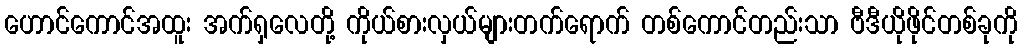
ဟောင်ကောင်အထူး အက်ရှလေတို့ ကိုယ်စားလှယ်များတက်ရောက် တစ်ကောင်တည်းသာ ဗီဒီယိုဖိုင်တစ်ခုကို